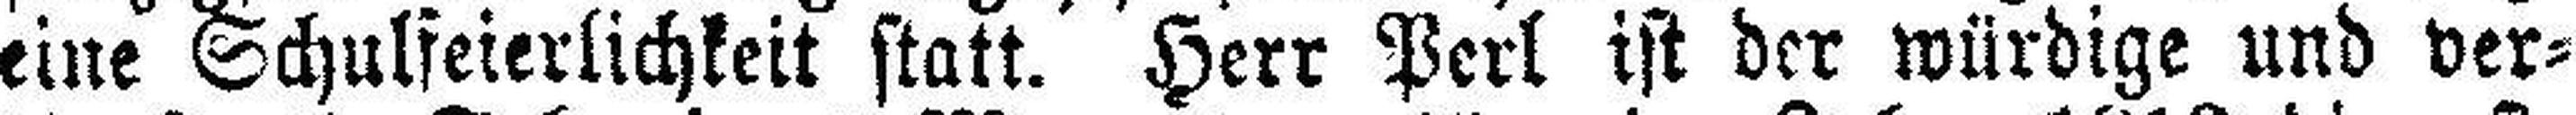
eine Schulfeierlichkeit statt. Herr Perl ist der würdige und ver¬